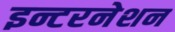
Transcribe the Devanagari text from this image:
इन्टरनेशन